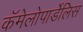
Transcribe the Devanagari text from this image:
कॅमेलोपार्डेलिस